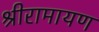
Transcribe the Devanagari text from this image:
श्रीरामायण